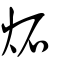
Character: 炻